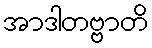
အာဒါတဗ္ဗာတိ